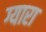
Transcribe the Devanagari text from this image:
ग्यारा